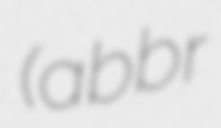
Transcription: (abbr